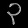
Digit: ၃